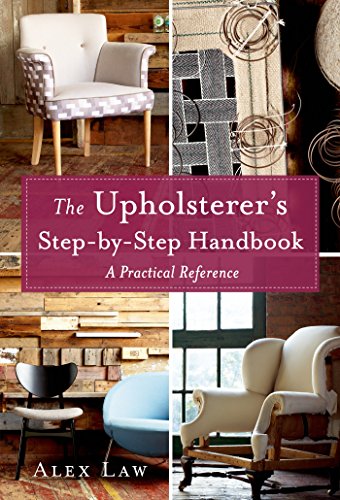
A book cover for The Upholsterer's Step-by-Step Handbook: A Practical Reference; Alex Law; Crafts, Hobbies & Home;